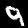
Digit: 9